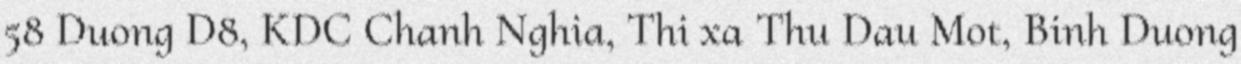
58 Duong D8, KDC Chanh Nghia, Thi xa Thu Dau Mot, Binh Duong